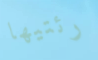
رئتيها